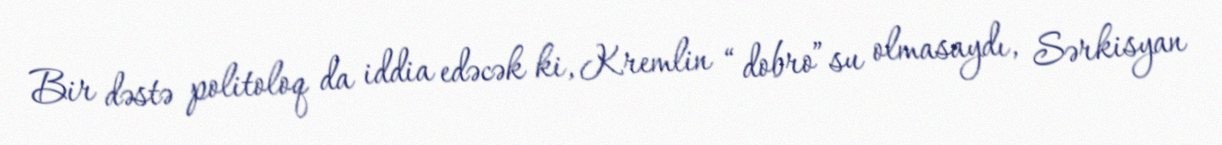
Bir dəstə politoloq da iddia edəcək ki, Kremlin “dobro”su olmasaydı, Sərkisyan